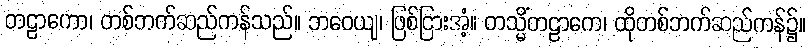
တဠာကော၊ တစ်ဘက်ဆည်ကန်သည်။ ဘဝေယျ၊ ဖြစ်ငြားအံ့။ တသ္မိံတဠာကေ၊ ထိုတစ်ဘက်ဆည်ကန်၌။